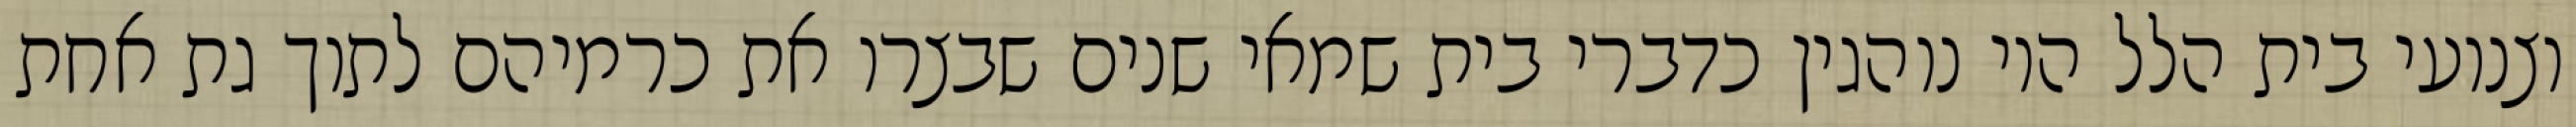
וצנועי בית הלל היו נוהגין כדברי בית שמאי שנים שבצרו את כרמיהם לתוך גת אחת